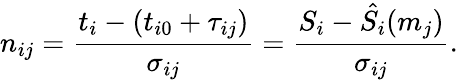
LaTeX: n_{ij}=\frac{t_{i}-(t_{i0}+\tau_{ij})}{\sigma_{ij}}=\frac{S_{i}-\hat{S_{i}}(m_{j})}{\sigma_{ij}}.